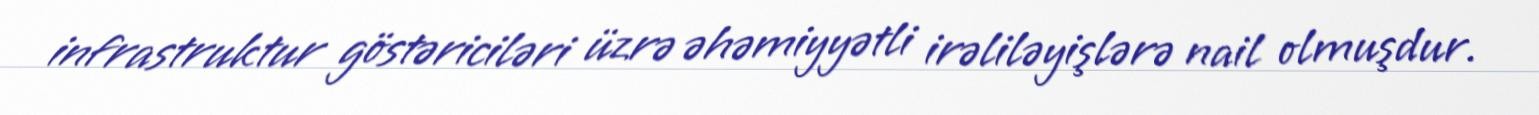
infrastruktur göstəriciləri üzrə əhəmiyyətli irəliləyişlərə nail olmuşdur.